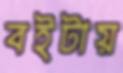
বইটায়